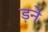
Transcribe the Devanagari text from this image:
ड़ने